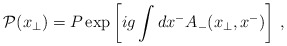
\begin{align*}{\cal P}({x}_\bot)= P \exp\left[ ig\int dx^-A_-(x_{\bot},x^-) \right] \, ,\end{align*}